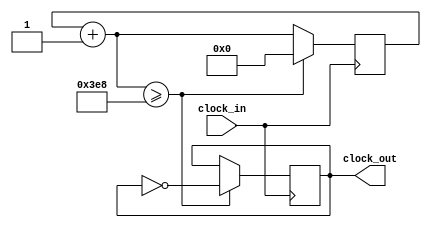
module divider ( clock_in, clock_out);

input clock_in;
output clock_out;

reg [12:0] count;
reg clock_out;

parameter factor = 1000;

initial begin

	count = 0;

end

always @ (posedge clock_in) begin
	count = count +1;
	if (count >= factor) begin
		count = 0;
		clock_out = !clock_out;
	end
end

endmodule